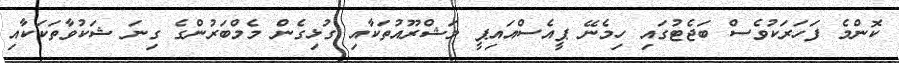
ކޮންމެ ފަހަރަކުވެސް ބަޖެޓުގައި ހިމެނޭ ޕީއެސްއައިޕީ މަޝްރޫއުތަކާއި ގުޅިގެން މެމްބަރުންގެ ގިނަ ޝަކުވާތަކަކާއި